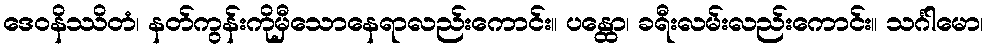
ဒေဝနိဿိတံ၊ နတ်ကွန်းကိုမှီသောနေရာလည်းကောင်း။ ပန္ထော၊ ခရီးလမ်းလည်းကောင်း။ သင်္ဂါမော၊